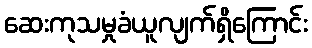
ဆေးကုသမှုခံယူလျက်ရှိကြောင်း